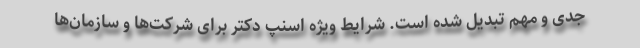
جدی و مهم تبدیل شده است. شرایط ویژه اسنپ دکتر برای شرکت‌ها و سازمان‌ها